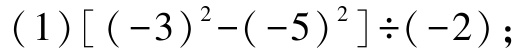
$(1)\left[(-3)^{2}-(-5)^{2}\right]\div(-2);$